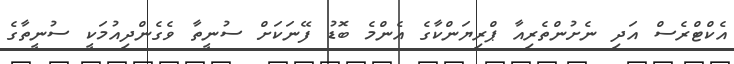
އެކްޓްރެސް އަދި ނެށުންތެރިއާ ޕްރިޔަންކާގެ އެންމެ ބޮޑު ފޭނަކަށް ސުނީތާ ވެގެންދިއުމަކީ ސުނީތާގެ